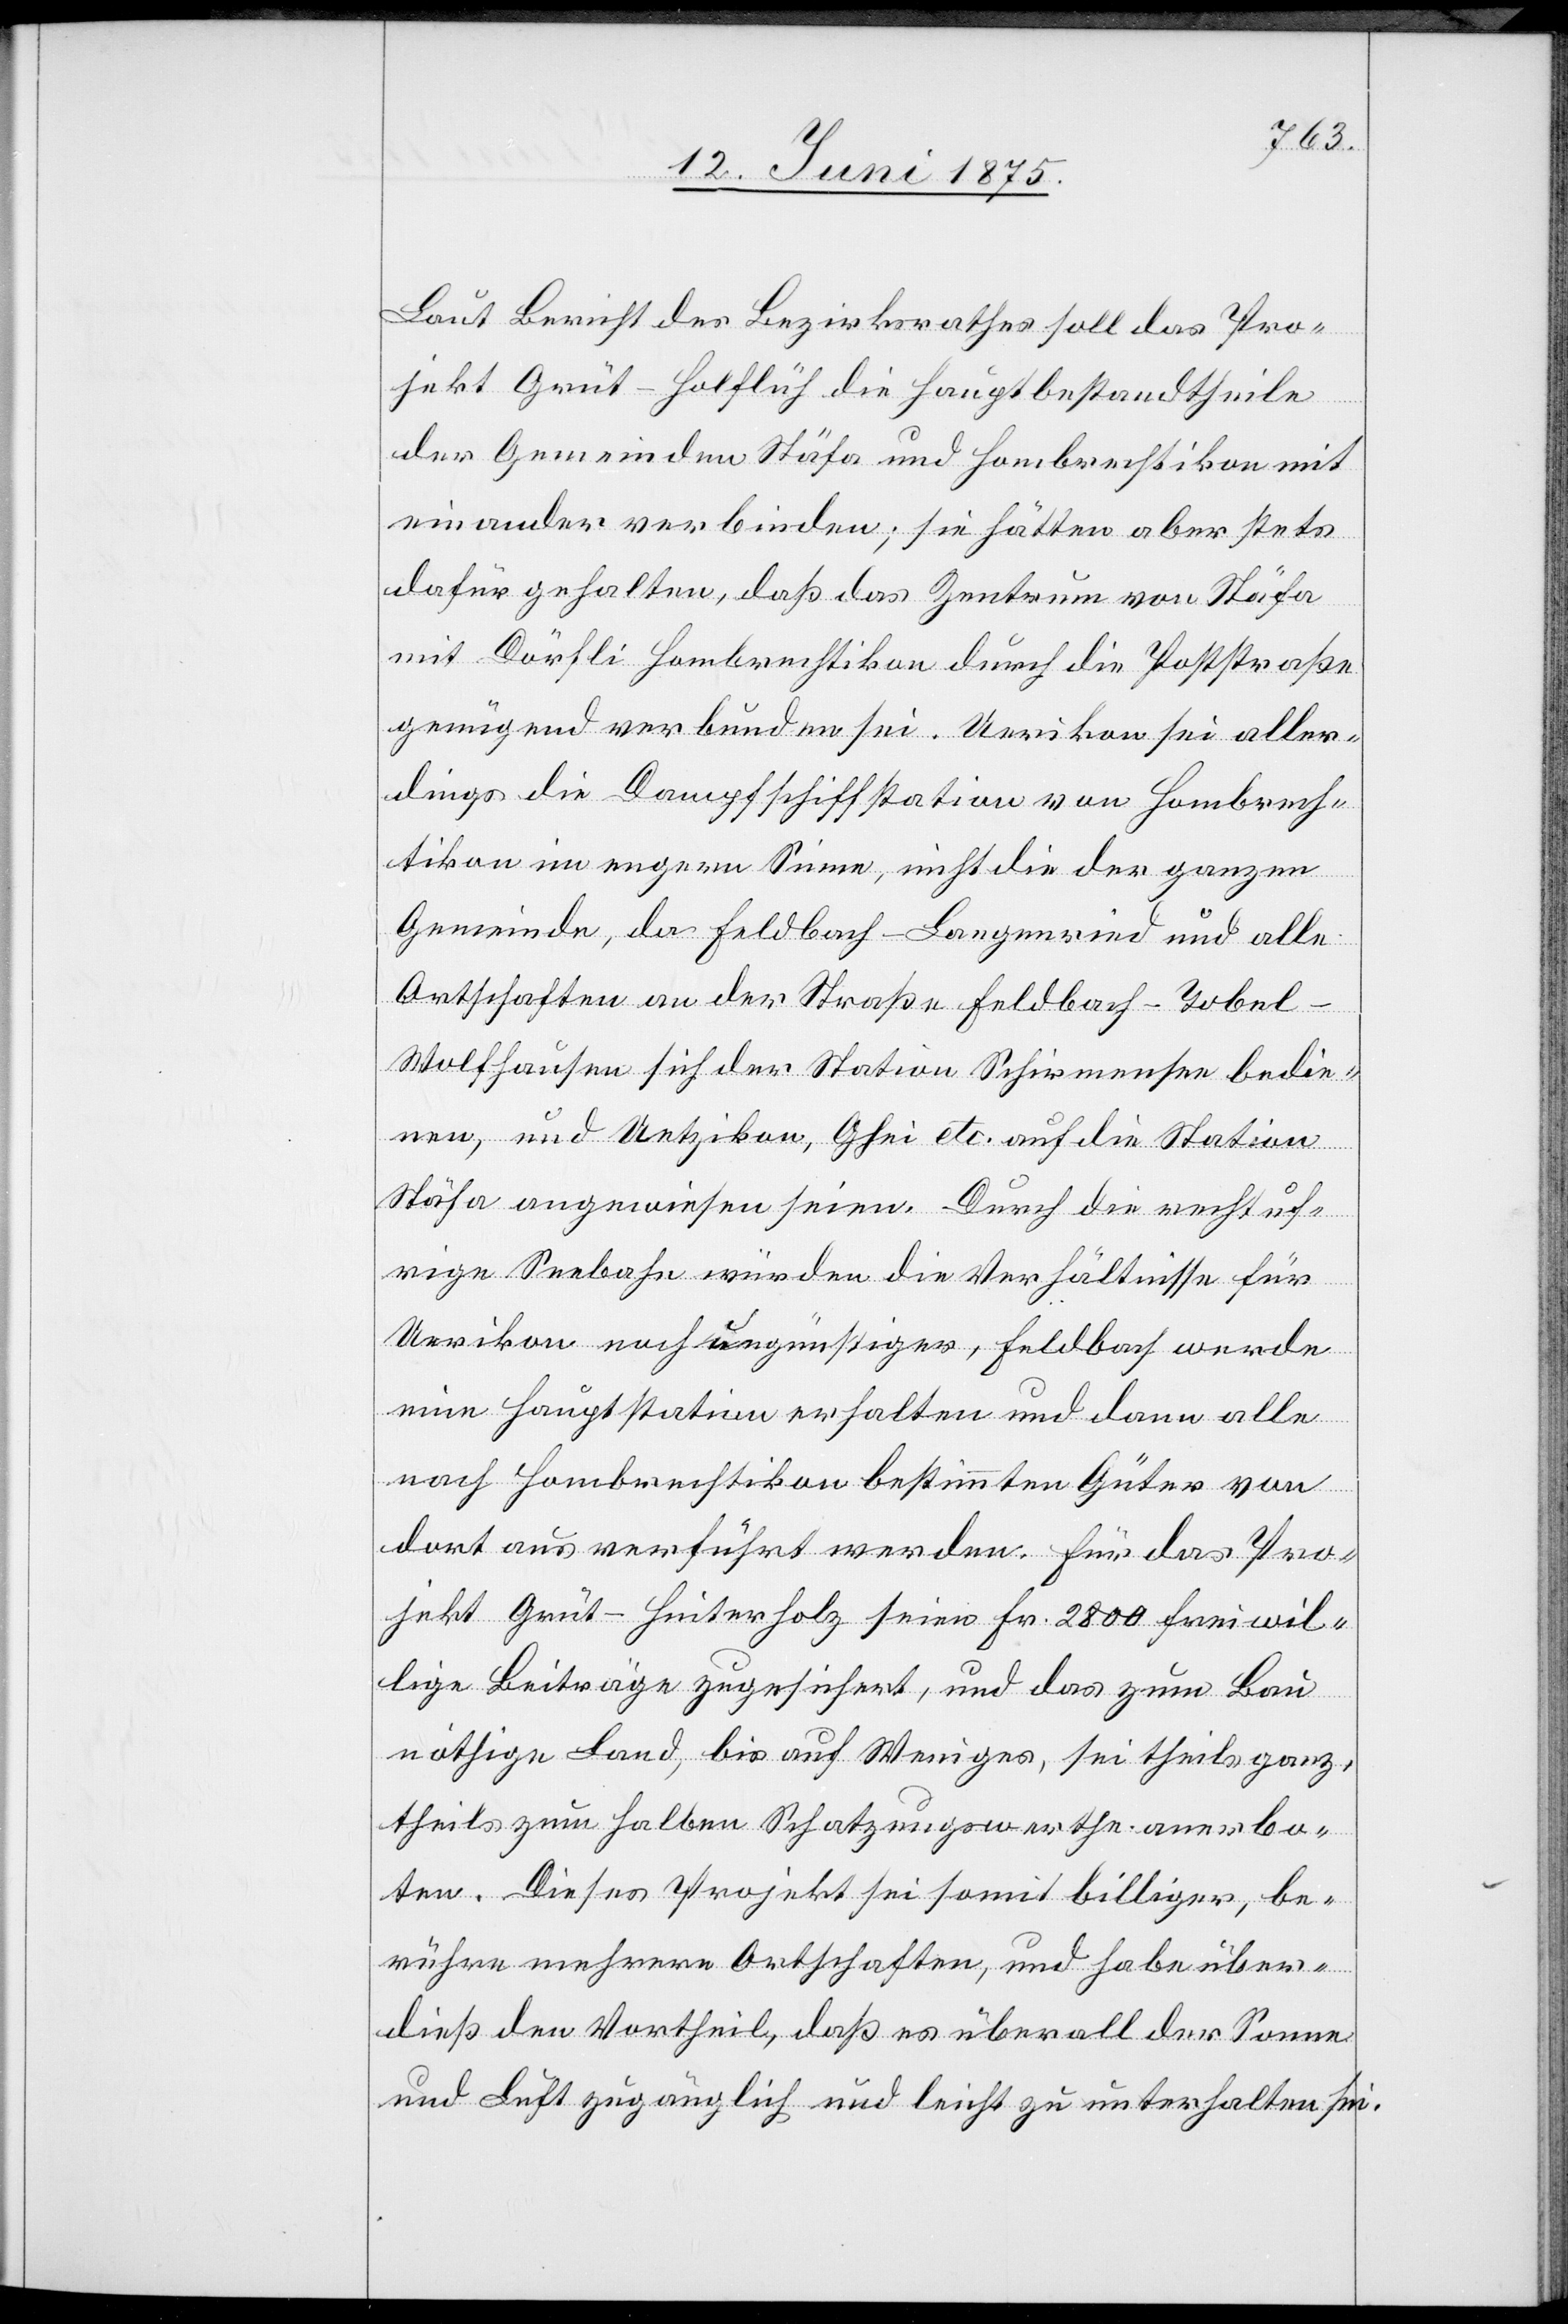
Laut Bericht des Bezirksrathes soll das Pro¬
jekt Grüt–Ho[h]lflüh die Hauptbestandtheile
der Gemeinden Stäfa und Hombrechtikon mit¬
einander verbinden; sie hätten aber stets
dafür gehalten, daß das Zentrum von Stäfa
mit Dörfli - Hombrechtikon durch die Poststraße
genügend verbunden sei. Uerikon sei aller¬
dings die Dampfschiffstation von Hombrech¬
tikon im engern Sinne, nicht die der ganzen
Gemeinde, da Feldbach–Langgenried und alle
Ortschaften an der Straße Feldbach–Tobel–W¬
olfhausen sich der Station Schirmensee bedie¬
nen, und Uetzikon, Ghei etc. auf die Station
Stäfa angewiesen seien. Durch die recht[s]uf¬
rige Seebahn würden die Verhältnisse für
Uerikon noch ungünstiger, Feldbach werde
eine Hauptstation erhalten und dann alle
nach Hombrechtikon bestimmten Güter von
dort aus verführt werden. Für das Pro¬
jekt Grüt–Hinterholz seien Fr. 2800 freiwil¬
lige Beiträge zugesichert, und das zum Bau
nöthige Land, bis auf Weniges, sei theils ganz¬
theils zum halben Schatzungswerthe anerbo¬
ten. Dieses Projekt sei somit billiger, be¬
rühre mehrere Ortschaften, und habe über¬
dieß den Vortheil, daß es überall der Sonne
und Luft zugänglich und leicht zu unterhalten sei.